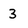
Character: 3